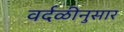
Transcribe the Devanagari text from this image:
वर्दळीनुसार